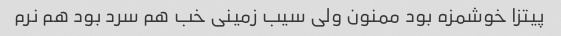
پیتزا خوشمزه بود ممنون ولی سیب زمینی خب هم سرد بود هم نرم